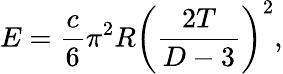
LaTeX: E={\frac{c}{6}}\pi^{2}R\left({\frac{2T}{D-3}}\right)^{2},